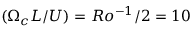
( \Omega _ { c } L / U ) = R o ^ { - 1 } / 2 = 1 0